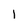
Character: 1